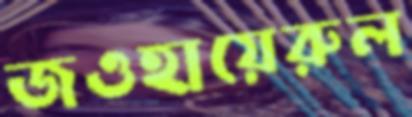
জওহায়েরুল